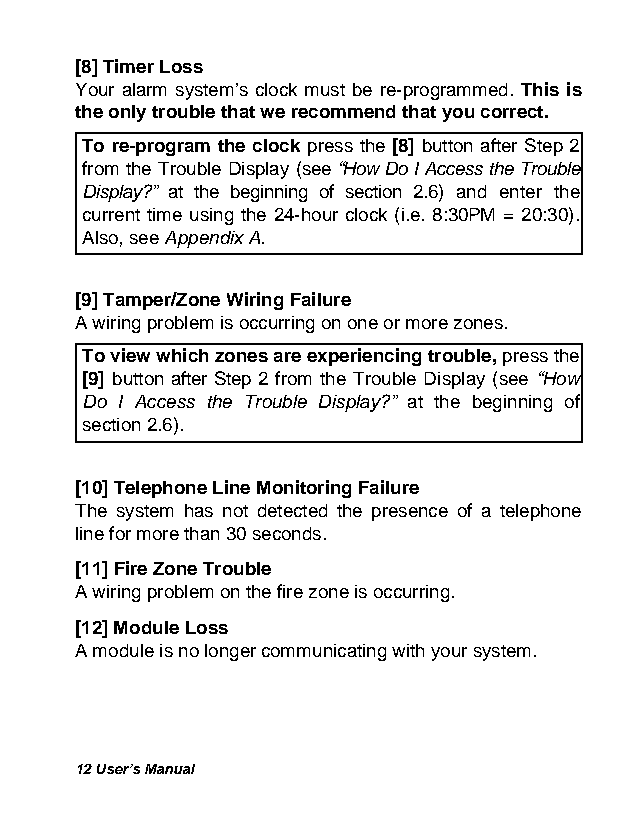
[8] Timer Loss
 Your alarm system’s clock must be re-programmed. This is
 the only trouble that we recommend that you correct.
 To re-program the clock press the [8] button after Step 2
 from the Trouble Display (see “How Do I Access the Trouble
 Display?” at the beginning of section 2.6) and enter the
 current time using the 24-hour clock (i.e. 8:30PM = 20:30).
 Also, see Appendix A.
 [9] Tamper/Zone Wiring Failure
 A wiring problem is occurring on one or more zones.
 To view which zones are experiencing trouble, press the
 [9] button after Step 2 from the Trouble Display (see “How
 Do I Access the Trouble Display?” at the beginning of
 section 2.6).
 [10] Telephone Line Monitoring Failure
 The system has not detected the presence of a telephone
 line for more than 30 seconds.
 [11] Fire Zone Trouble
 A wiring problem on the fire zone is occurring.
 [12] Module Loss
 A module is no longer communicating with your system.
 12 User’s Manual